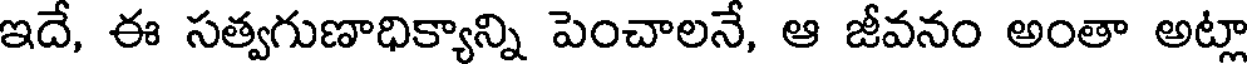
ఇదే, ఈ సత్వగుణాధిక్యాన్ని పెంచాలనే, ఆ జీవనం అంతా అట్లా